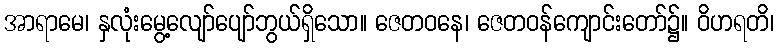
အာရာမေ၊ နှလုံးမွေ့လျော်ပျော်ဘွယ်ရှိသော။ ဇေတဝနေ၊ ဇေတဝန်ကျောင်းတော်၌။ ဝိဟရတိ၊